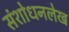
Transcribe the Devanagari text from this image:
संशोधनलेख